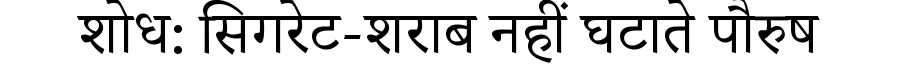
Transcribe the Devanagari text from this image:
शोध: सिगरेट-शराब नहीं घटाते पौरुष